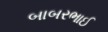
બાબરભાઈ